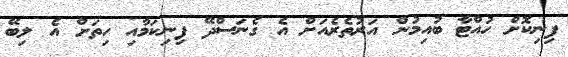
ފިނިކޮށް ހުއްޓާ ބުއިމުން އަރުތެރެއަށް އެ ގެނަސްދޭ ފިނިކަމާއި ހިތަށް އެ ލިބޭ